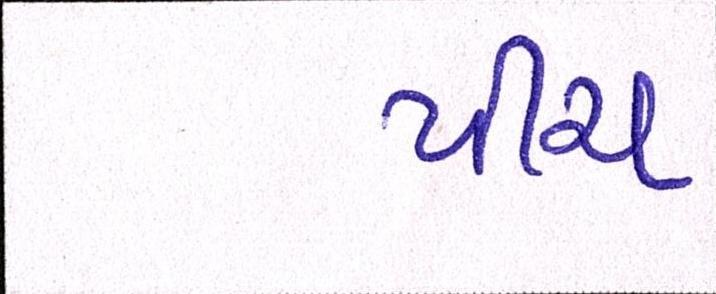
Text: પીચ